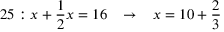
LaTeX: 2 5 : x + { \frac { 1 } { 2 } } x = 1 6 \; \; \; \rightarrow \; \; \; x = 1 0 + { \frac { 2 } { 3 } }